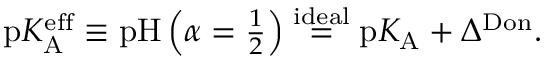
\begin{array} { r } { \mathrm { p } K _ { \mathrm { A } } ^ { \mathrm { e f f } } \equiv \mathrm { p H } \left( \alpha = \frac { 1 } { 2 } \right) \stackrel { \mathrm { i d e a l } } { = } \mathrm { p } K _ { \mathrm { A } } + \Delta ^ { \mathrm { D o n } } . } \end{array}